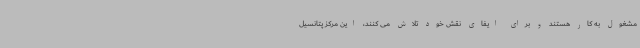
مشغول به کار هستند و برای ایفای نقش خود تلاش می کنند، این مرکز پتانسیل